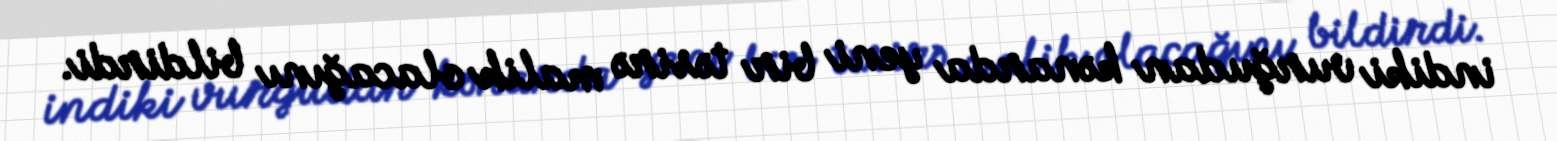
indiki vurğudan kənarda yeni bir təsirə malik olacağını bildirdi.